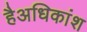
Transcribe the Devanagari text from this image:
हैअधिकांश